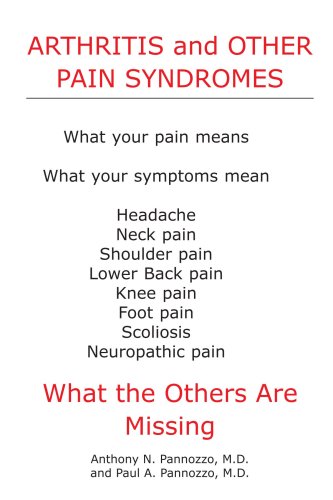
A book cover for Arthritis and Other Pain Syndromes: What the Others Are Missing; Anthony Pannozzo; Health, Fitness & Dieting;